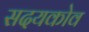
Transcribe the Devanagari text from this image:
सदयकोव